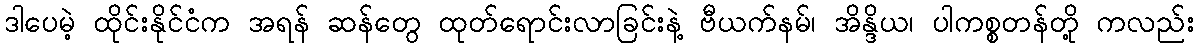
ဒါပေမဲ့ ထိုင်းနိုင်ငံက အရန် ဆန်တွေ ထုတ်ရောင်းလာခြင်းနဲ့ ဗီယက်နမ်၊ အိန္ဒိယ၊ ပါကစ္စတန်တို့ ကလည်း